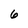
Character: 6